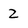
Character: 2